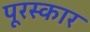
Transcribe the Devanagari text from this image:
पूरस्कार